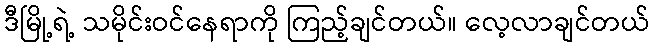
ဒီမြို့ရဲ့ သမိုင်းဝင်နေရာကို ကြည့်ချင်တယ်။ လေ့လာချင်တယ်